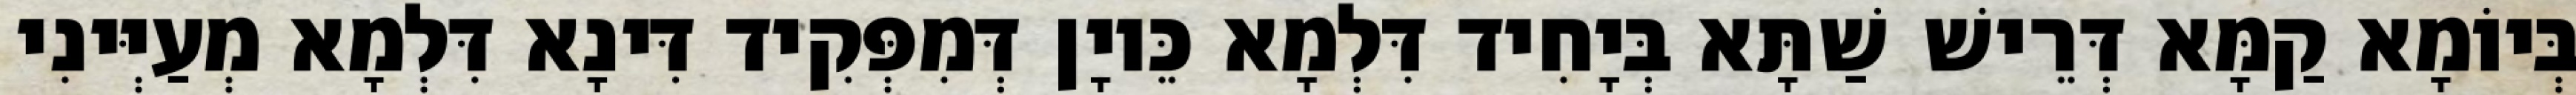
בְּיוֹמָא קַמָּא דְּרֵישׁ שַׁתָּא בְּיָחִיד דִּלְמָא כֵּיוָן דְּמִפְּקִיד דִּינָא דִּלְמָא מְעַיְּינִי